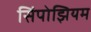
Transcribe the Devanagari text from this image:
सिंपोझियम